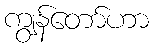
ကျွန်တော်ဟာ